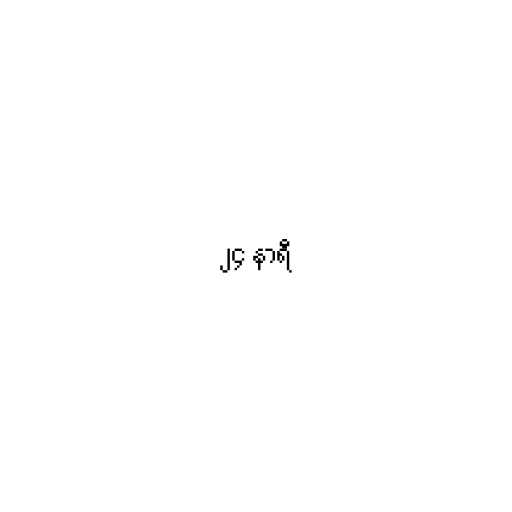
၂၄ နာရီ